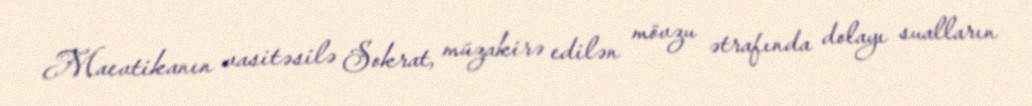
Maevtikanın vasitəsilə Sokrat, müzakirə edilən mövzu ətrafında dolayı sualların